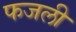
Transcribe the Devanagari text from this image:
फजली